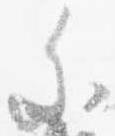
参